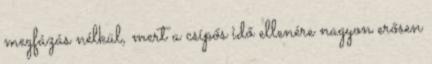
megfázás nélkül, mert a csípős idő ellenére nagyon erősen